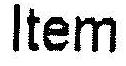
ITEM